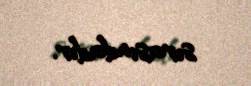
sırasındadır.